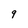
Character: 9